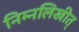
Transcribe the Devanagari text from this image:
निम्नलिखीत्